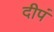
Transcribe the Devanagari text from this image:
दीपं